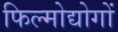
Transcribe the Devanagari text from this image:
फिल्मोद्योगों